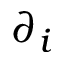
\partial _ { i }